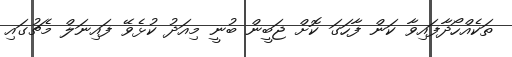
ތަކެއްހޯދާފައިވާ ކަން ފާހަގަ ކޮށް ޖަބީން ބުނީ މިއަދު ކުޅެވޭ ފައިނަލް މެޗުގައި